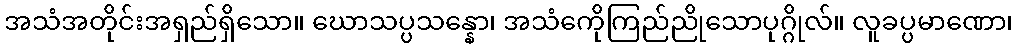
အသံအတိုင်းအရှည်ရှိသော။ ဃောသပ္ပသန္နော၊ အသံကေိုကြည်ညိုသောပုဂ္ဂိုလ်။ လူခပ္ပမာဏော၊